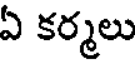
ఏ కర్మలు